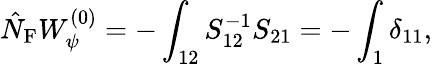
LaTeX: \hat{N}_{\mathrm{F}}W_{\psi}^{(0)}=-\int_{12}S_{12}^{-1}S_{21}=-\int_{1}\delta_{11},